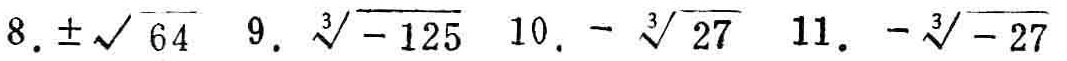
8. $\pm\sqrt{64}$ 9. $\sqrt[3]{-125}$ 10. $-\sqrt[3]{27}$ 11. $-\sqrt[3]{-27}$